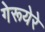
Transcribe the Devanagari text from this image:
गेरूयेरे